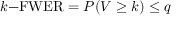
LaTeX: k { \mathrm { - F W E R } } = P ( V \geq k ) \leq q